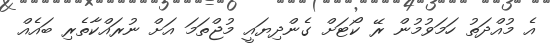
އެ މުއްދަތު ހަމަވުމުން ރޭ ކޯޓަށް ގެންދިޔައީ މުޖްތަމަ އަށް ނުރައްކާތެރި ބައެއް